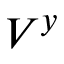
V ^ { y }